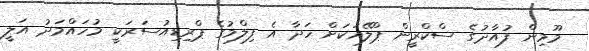
މޫމިން ފުއާދުގެ ސްކްރީން ޕްލޭއަކަށް ހަދާ އެ ފިލްމުގެ ޕްރިޑިއުސަރަކީ މުހައްމަދު އަލީ